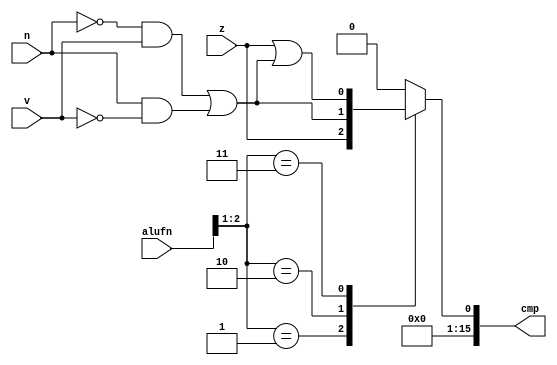
/*
   This file was generated automatically by Alchitry Labs version 1.1.6.
   Do not edit this file directly. Instead edit the original Lucid source.
   This is a temporary file and any changes made to it will be destroyed.
*/

module compare16b_8 (
    input z,
    input v,
    input n,
    input [5:0] alufn,
    output reg [15:0] cmp
  );
  
  
  
  always @* begin
    cmp = 16'h0000;
    
    case (alufn[1+1-:2])
      2'h1: begin
        cmp[0+0-:1] = z;
      end
      2'h2: begin
        cmp[0+0-:1] = ~n & v | n & ~v;
      end
      2'h3: begin
        cmp[0+0-:1] = z | (~n & v | n & ~v);
      end
      default: begin
        cmp[0+0-:1] = 1'h0;
      end
    endcase
  end
endmodule